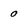
Character: 0